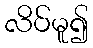
လိပ်မူ၍